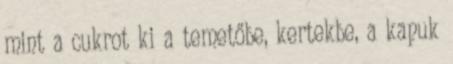
mint a cukrot ki a temetőbe, kertekbe, a kapuk